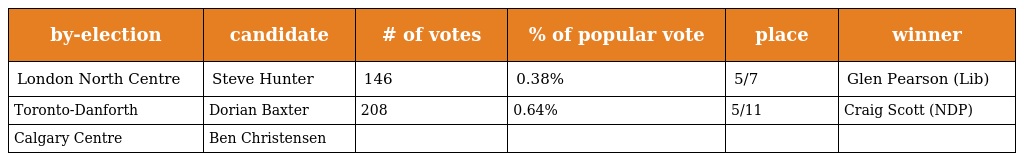
| by-election | candidate | # of votes | % of popular vote | place | winner |
 | --- | --- | --- | --- | --- | --- |
 | London North Centre | Steve Hunter | 146 | 0.38% | 5/7 | Glen Pearson (Lib) |
 | Toronto-Danforth | Dorian Baxter | 208 | 0.64% | 5/11 | Craig Scott (NDP) |
 | Calgary Centre | Ben Christensen |  |  |  |  |